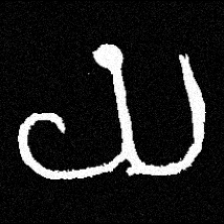
Pyu character \u2014 Myanmar letter: ယ (romanized: ya)